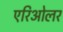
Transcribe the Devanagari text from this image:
एरिओलर